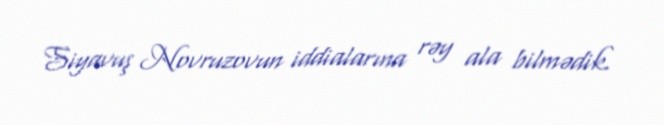
Siyavuş Novruzovun iddialarına rəy ala bilmədik.